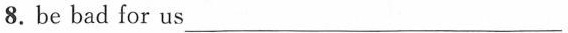
8.be bad for us ___